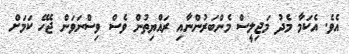
އެވެ. އެކަމާ މެދު މަޖިލީސް މެންބަރުންނާއި ރައްޔިތުން ވެސް ވިސްނަވަން ޖެހޭ ކަމަށް